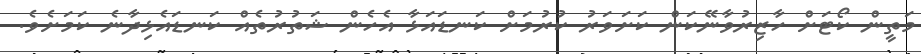
މަތީން ކޯޓަށް ހާޒިރުވާނޭކަން ކަށަވަރު ކުރުމަށް ކަނޑައަޅާ އެހެން ޝަތުރުތެއް ކަނޑައެޅިދާނެ ކަމަށެވެ.